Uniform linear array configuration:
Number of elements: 64
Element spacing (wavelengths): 0.25
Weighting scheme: blackman
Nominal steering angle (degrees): -60
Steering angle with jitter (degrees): -61.62
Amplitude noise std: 0.05
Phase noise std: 0.05

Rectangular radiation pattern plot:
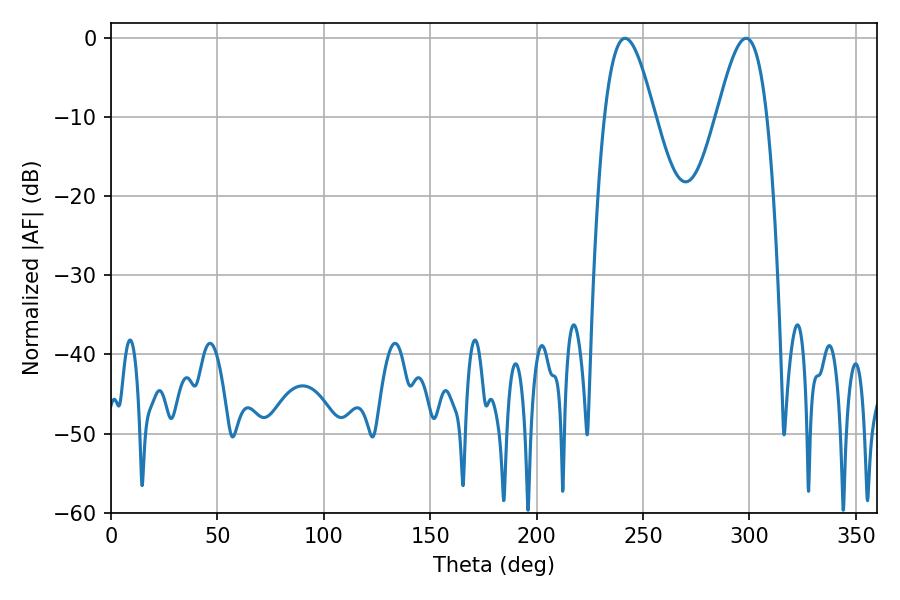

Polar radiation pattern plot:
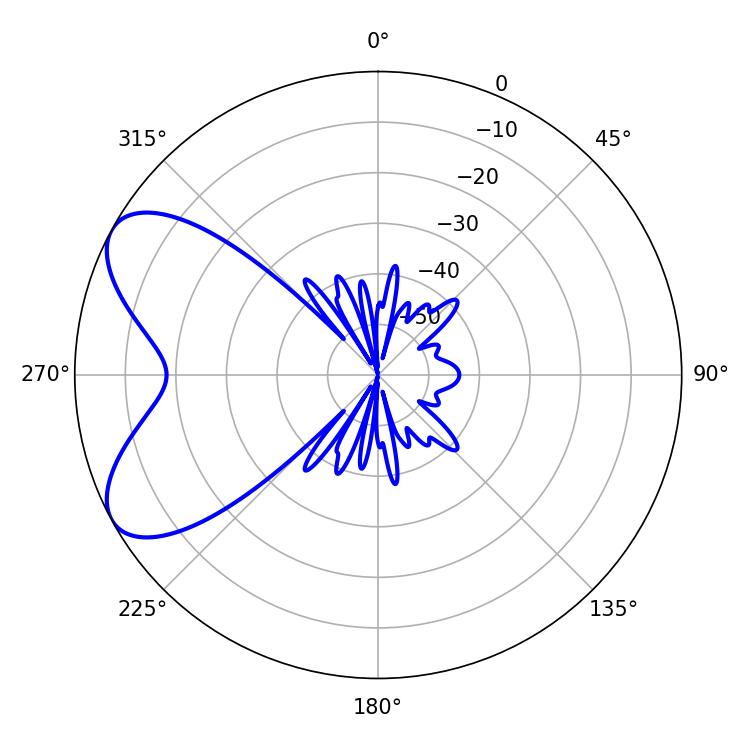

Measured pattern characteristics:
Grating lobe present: FALSE
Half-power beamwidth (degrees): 12.78
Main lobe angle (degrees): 241.56